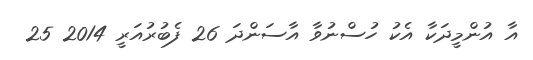
އާ އުންމީދަކާ އެކު ހުސްނުވާ އާސަންދަ 26 ފެބުރުއަރީ 2014 25